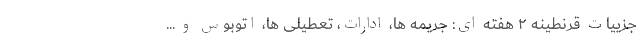
جزییات قرنطینه ۲ هفته ای: جریمه ها، ادارات، تعطیلی ها، اتوبوس و ...